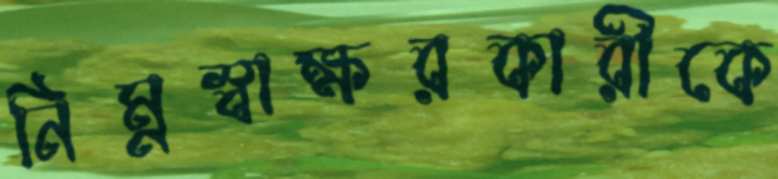
নিম্নস্বাক্ষরকারীকে